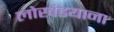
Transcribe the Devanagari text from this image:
लोखंडयाना